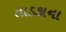
તાડકાના